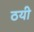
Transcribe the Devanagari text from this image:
ठयी